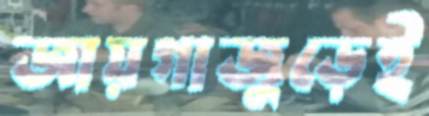
জায়গাজুড়েই